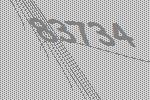
83734